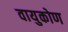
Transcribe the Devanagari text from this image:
वायुकोण